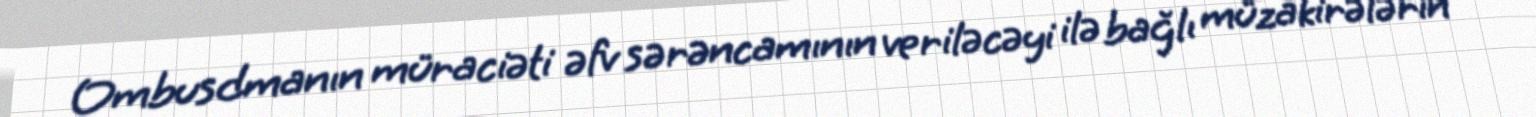
Ombusdmanın müraciəti əfv sərəncamının veriləcəyi ilə bağlı müzakirələrin